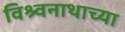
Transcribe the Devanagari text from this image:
विश्र्वनाथाच्या